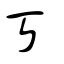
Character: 丂